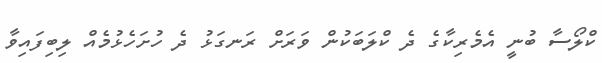
ކްލޯސާ ބުނީ އެމެރިކާގެ ދެ ކްލަބަކުން ވަރަށް ރަނގަޅު ދެ ހުށަހެޅުމެއް ލިބިފައިވާ